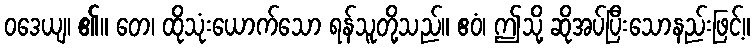
ဝဒေယျ၊ ၏။ တေ၊ ထိုသုံးယောက်သော ရန်သူတို့သည်။ ဧဝံ၊ ဤသို့ ဆိုအပ်ပြီးသောနည်းဖြင့်။